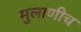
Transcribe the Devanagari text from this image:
मुलाणीच